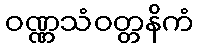
ဝဏ္ဏသံဝတ္တနိကံ